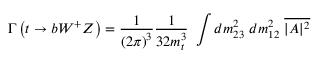
\Gamma \left( t \rightarrow b W ^ { + } Z \right) = { \frac { 1 } { { ( 2 \pi ) } ^ { 3 } } } { \frac { 1 } { 3 2 m _ { t } ^ { 3 } } } \ \int d m _ { 2 3 } ^ { 2 } \ d m _ { 1 2 } ^ { 2 } \ \overline { { { | { \cal A } | ^ { 2 } } } }